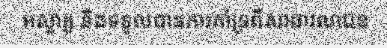
អស្ចារ្យ និងទទួលបានការគាំទ្រពីសាធារណជន